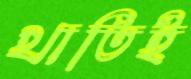
খাতিই